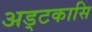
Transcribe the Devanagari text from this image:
अड्टकासि